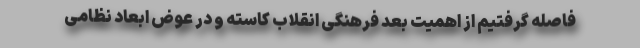
فاصله گرفتیم از اهمیت بُعد فرهنگی انقلاب کاسته و در عوض ابعاد نظامی